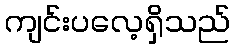
ကျင်းပလေ့ရှိသည်